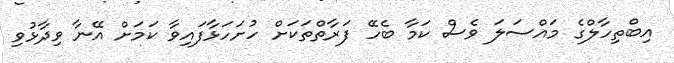
އިބްތިހާލްގެ މައްސަލަ ވެސް ކަމާ ބެހޭ ފަރާތްތަކަށް ހުށަހަޅާފައިވާ ކަމަށް އޭނާ ވިދާޅުވި